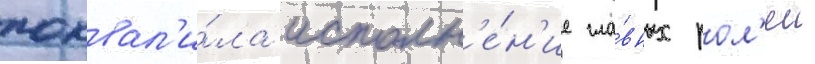
похвал'и́ла исполн'е́н'ие гла́вных рол'еи